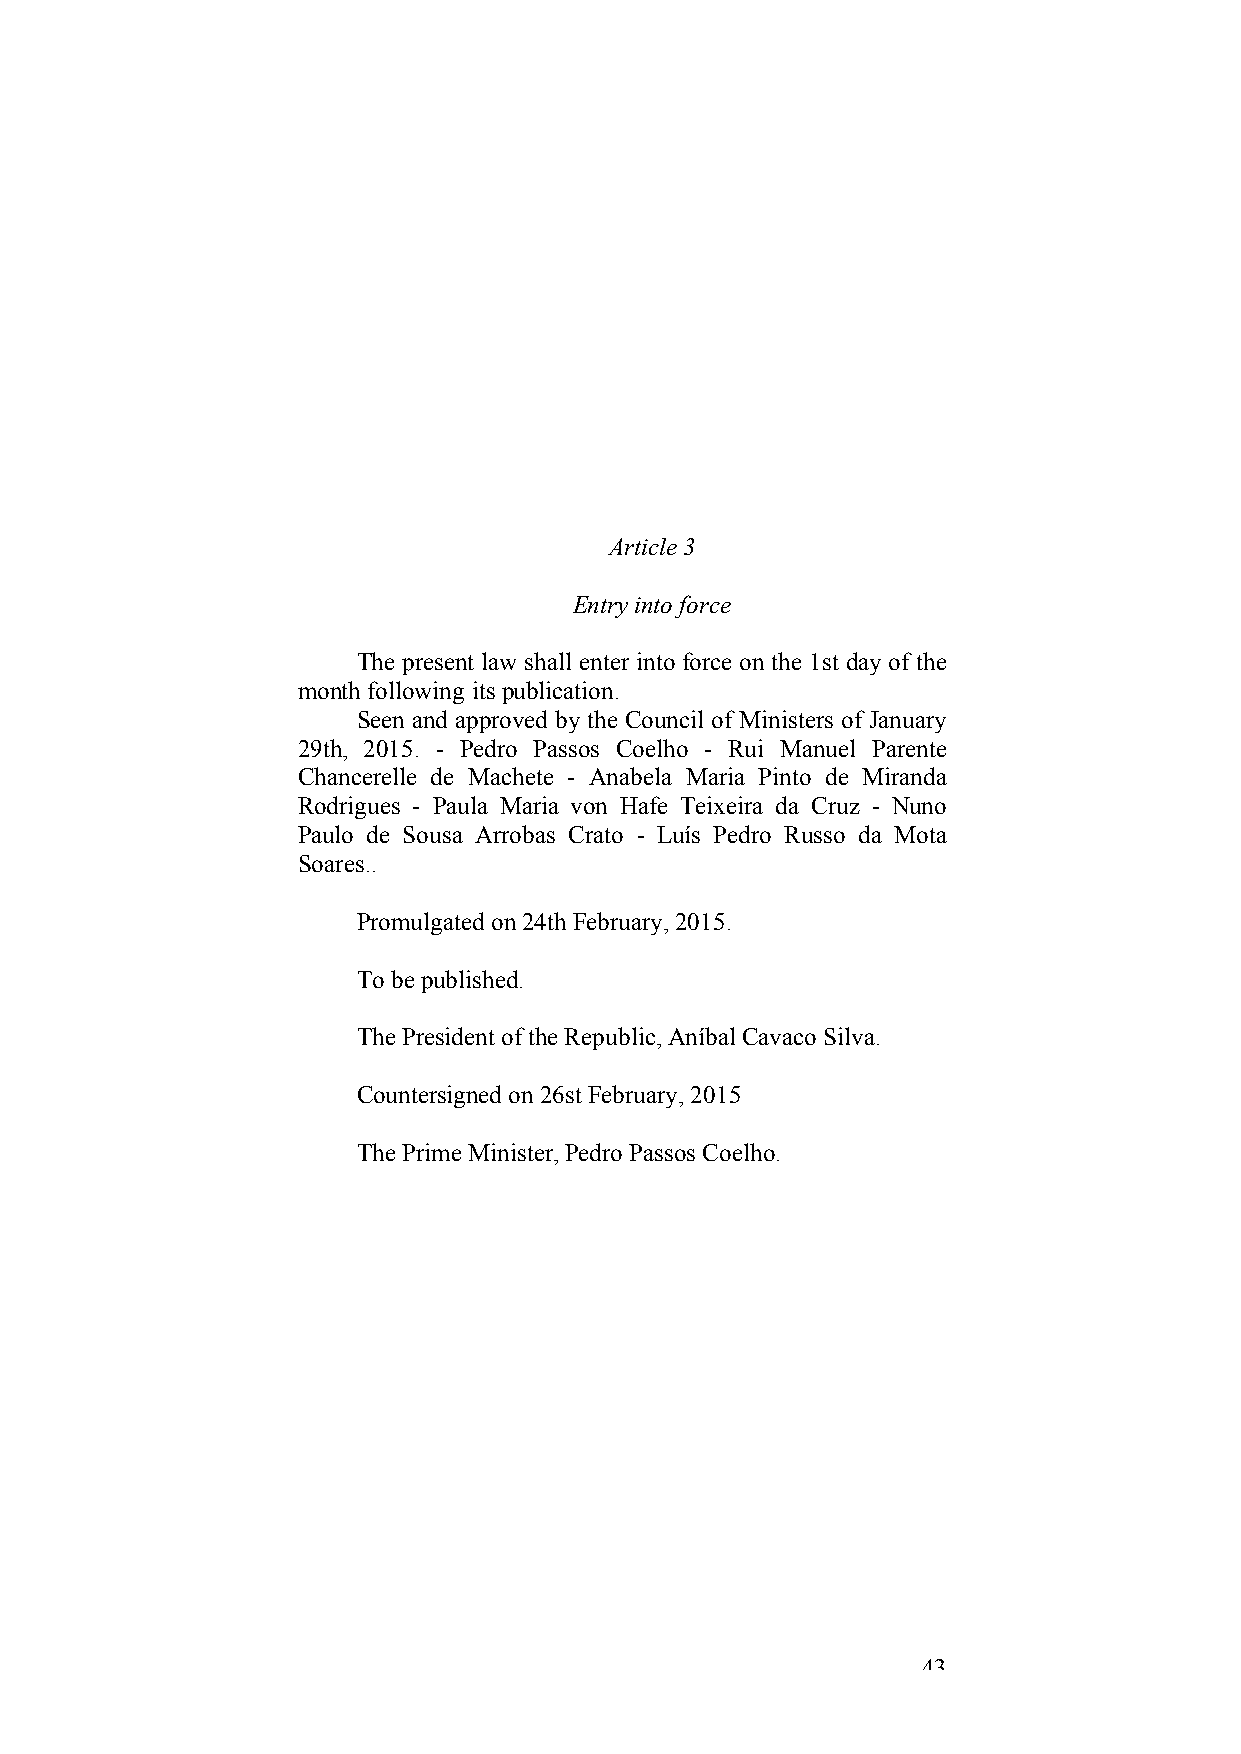
Article 3
 Entry into force
 The present law shall enter into force on the 1st day of the
 month following its publication.
 Seen and approved by the Council of Ministers of January
 29th, 2015. - Pedro Passos Coelho - Rui Manuel Parente
 Chancerelle de Machete - Anabela Maria Pinto de Miranda
 Rodrigues - Paula Maria von Hafe Teixeira da Cruz - Nuno
 Paulo de Sousa Arrobas Crato - Luís Pedro Russo da Mota
 Soares..
 Promulgated on 24th February, 2015.
 To be published.
 The President of the Republic, Aníbal Cavaco Silva.
 Countersigned on 26st February, 2015
 The Prime Minister, Pedro Passos Coelho.
 43